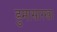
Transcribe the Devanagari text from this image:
डुमासारखा